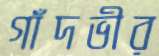
গাঁদভীর